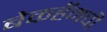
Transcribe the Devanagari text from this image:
बेकहॅमची